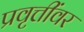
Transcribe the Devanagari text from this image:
प्रवृत्तींवर